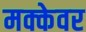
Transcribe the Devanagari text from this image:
मक्केवर